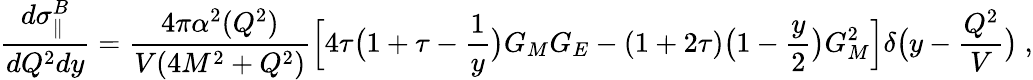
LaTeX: \frac{d\sigma_{\parallel}^{B}}{dQ^{2}dy}=\frac{4\pi\alpha^{2}(Q^{2})}{V(4M^{2}+Q^{2})}\Bigl[4\tau\bigl(1+\tau-\frac{1}{y}\bigr)G_{M}G_{E}-(1+2\tau)\bigl(1-\frac{y}{2}\bigr)G_{M}^{2}\Bigr]\delta\bigl(y-\frac{Q^{2}}{V}\bigr)\ ,